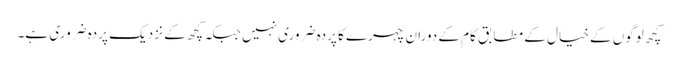
کچھ لوگوں کے خیال کے مطابق کام کے دوران چہرے کا پردہ ضروری نہیں جبکہ کچھ کے نزدیک پردہ ضروری ہے۔